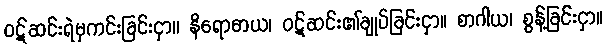
ဝဋ်ဆင်းရဲမှကင်းခြင်းငှာ။ နိရောဓာယ၊ ဝဋ်ဆင်း၏ချုပ်ခြင်းငှာ။ စာဂါယ၊ စွန့်ခြင်းငှာ။